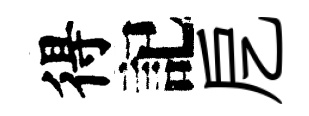
得記戹